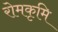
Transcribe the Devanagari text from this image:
रोमकृमि